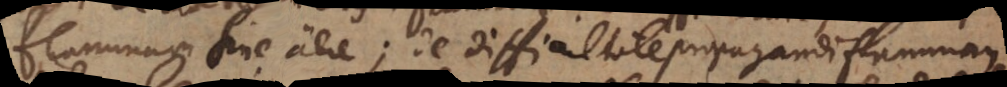
flammam sine aere; de difficultate propagandi flammam